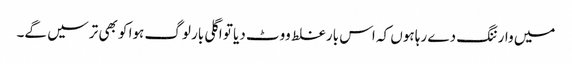
میں وارننگ دے رہا ہوں کہ اس بار غلط ووٹ دیا تو اگلی بار لوگ ہوا کو بھی ترسیں گے۔